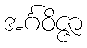
အင်္ဂဝိဇ္ဇာ